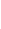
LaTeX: \! \! \! \! \! \! \! \! \! \! \! \mathbf{x}\! \! \! \! \! \! \! \! \! \! \! \! \in\! \! \! \! \! \! \! \! \! \! \! \! \! \! \! \! \! \! \! \! \! \! \! \! \partial\! \! \! \! \! \! \! \! \! \! \! \! B\! \! \! \! \! \! \! \! \! \! \! \! \setminus\! \! \! \! \! \! \! \! \! \! \! \! \Sigma\! \! \! \! \! \! \! \! \! \! \! \! ,\! \! \! \! \! \! \! \! \! \! \!